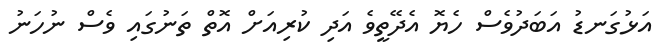
އަޅުގަނޑު އަބަދުވެސް ހެޔޮ އެދޭތީވެ އަދި ކުރިއަށް އޮތް ތަނުގައި ވެސް ނުހަނު